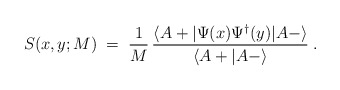
\begin{align*}S(x,y; M) \;=\;\frac{1}{M} \, \frac{\langle A + | \Psi (x) \Psi^\dagger (y)| A - \rangle}{\langle A + | A - \rangle} \;.\end{align*}